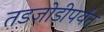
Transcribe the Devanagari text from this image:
तडजोडीपर्यंत